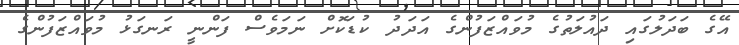
އޭގެ ބަދަލުގައި ދައުލަތުގެ މުވައްޒަފުންގެ އަދަދު ކުޑަކޮށް ނަމަވެސް ފަންނީ ރަނގަޅު މުވައްޒަފުންގެ